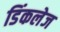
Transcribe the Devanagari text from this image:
डिंकलेज